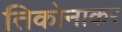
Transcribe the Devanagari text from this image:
तिकोनाकर